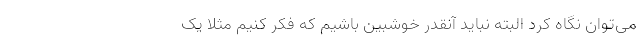
می‌توان نگاه کرد البته نباید آنقدر خوشبین باشیم که فکر کنیم مثلا یک